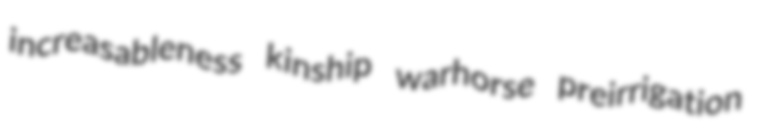
increasableness kinship warhorse preirrigation